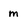
Character: m